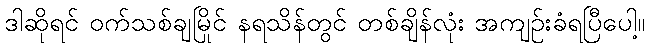
ဒါဆိုရင် ဝက်သစ်ချမြိုင် နရသိန်တွင် တစ်ချိန်လုံး အကျဉ်းခံရပြီပေါ့။